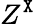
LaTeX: Z^{\tt X}